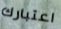
اعتبارك